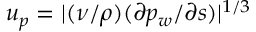
u _ { p } = | ( \nu / \rho ) ( \partial { p _ { w } } / \partial { s } ) | ^ { 1 / 3 }